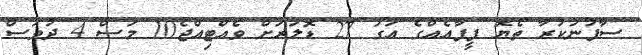
ސާފުނުކުރާ ތެޔޮ ފީފާއެއްގެ އަގު 27 ޑޮލަރަށް ވެއްޓިއްޖެ10 މަސް 4 ދުވަސް